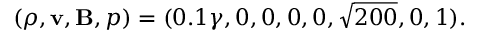
( \rho , \mathbf { v } , \mathbf { B } , p ) = ( 0 . 1 \gamma , 0 , 0 , 0 , 0 , \sqrt { 2 0 0 } , 0 , 1 ) .